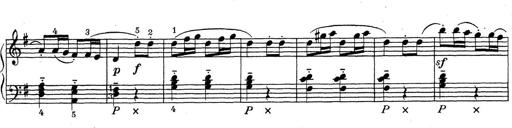
Title: ÄŒeskÃ© Sonatiny
Composer: Various